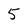
Character: 5